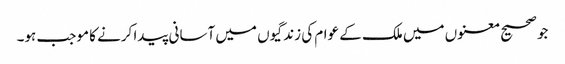
جو صحیح معنوں میں ملک کے عوام کی زندگیوں میں آسانی پیدا کرنے کا موجب ہو۔